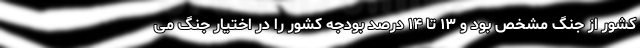
کشور از جنگ مشخص بود و ۱۳ تا ۱۴ درصد بودجه کشور را در اختیار جنگ می